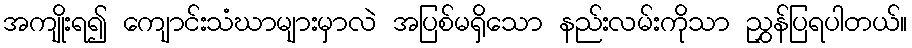
အကျိုးရ၍ ကျောင်းသံဃာများမှာလဲ အပြစ်မရှိသော နည်းလမ်းကိုသာ ညွှန်ပြရပါတယ်။